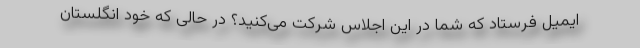
ایمیل فرستاد که شما در این اجلاس شرکت می‌کنید؟ در حالی که خود انگلستان